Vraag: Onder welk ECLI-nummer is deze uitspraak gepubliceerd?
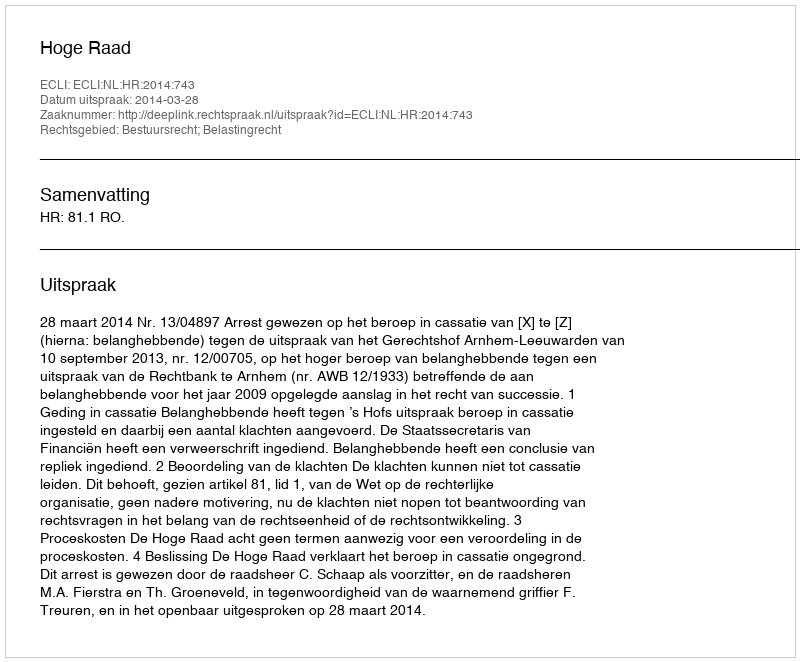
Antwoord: ECLI:NL:HR:2014:743